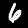
Label: 6